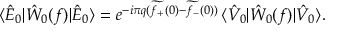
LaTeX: \langle \hat { E } _ { 0 } | \hat { W } _ { 0 } ( f ) | \hat { E } _ { 0 } \rangle = e ^ { - i \pi q ( \widetilde { f _ { + } } ( 0 ) - \widetilde { f _ { - } } ( 0 ) ) } \, \langle \hat { V } _ { 0 } | \hat { W } _ { 0 } ( f ) | \hat { V } _ { 0 } \rangle .